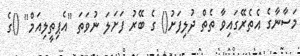
މަސާނާގެ އެތެރޭގައިވާ ތެތް ދުލިފަށު() ގެ ބޭރު ފަށަލަ ނުވަތަ ''އެޕިތީލިއަމް'' ()ގެ